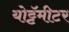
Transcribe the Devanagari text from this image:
योट्टॅमीटर